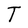
Character: T